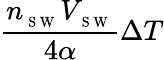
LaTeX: \frac{n_{_{\mathrm{~S~W~}}}V_{_{\mathrm{~S~W~}}}}{4\alpha}\Delta T